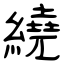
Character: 繞